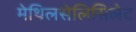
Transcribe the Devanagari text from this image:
मेथिलसेलिसिलेट